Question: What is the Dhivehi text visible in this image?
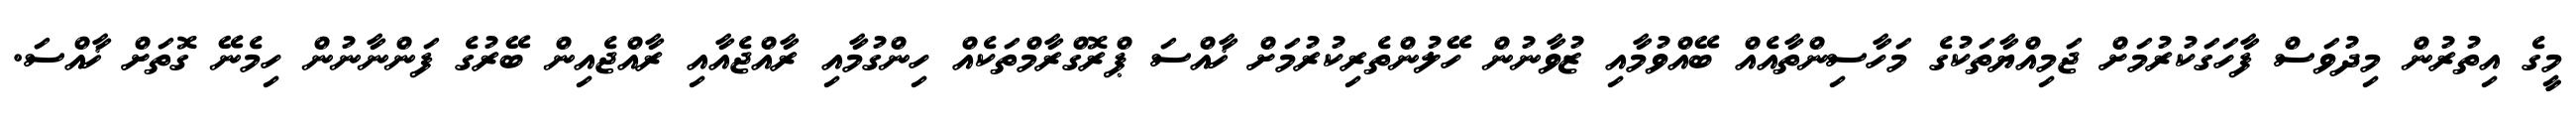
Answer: މީގެ އިތުރުން މިދުވަސް ފާހަގަކުރުމަށް ޖަމިއްޔާތަކުގެ މަހާސިންތާއެއް ބޭއްވުމާއި ޒުވާނުން ހޭލުންތެރިކުރުމަށް ޚާއްސަ ޕްރޮގްރާމްތަކެއް ހިންގުމާއި ރާއްޖެއާއި ރާއްޖެއިން ބޭރުގެ ފަންނާނުން ހިމެނޭ ގޮތަށް ޚާއްސަ.